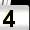
Digit: 4